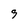
Character: 9